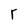
Character: r